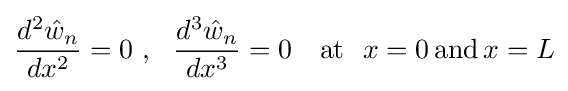
{\frac {d^{2}{\hat {w}}_{n}}{dx^{2}}}=0~,~~{\frac {d^{3}{\hat {w}}_{n}}{dx^{3}}}=0\quad {\text{at}}~~x=0\,{\text{and}}\,x=L